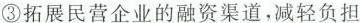
③拓展民营企业的融资渠道，减轻负担